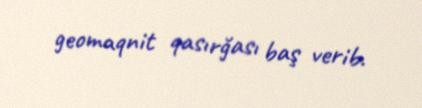
geomaqnit qasırğası baş verib.